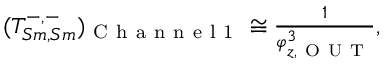
\begin{array} { r } { ( T _ { S m , S m } ^ { - , - } ) _ { \mathrm { ~ C ~ h ~ a ~ n ~ n ~ e ~ l ~ 1 ~ } } \cong \frac { 1 } { \varphi _ { z , \mathrm { ~ O ~ U ~ T ~ } } ^ { 3 } } , } \end{array}